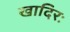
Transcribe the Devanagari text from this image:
खादिरः